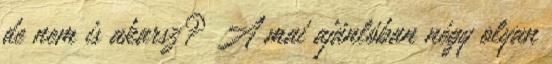
de nem is akarsz? A mai ajánlóban négy olyan